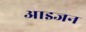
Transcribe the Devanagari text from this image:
आइजन